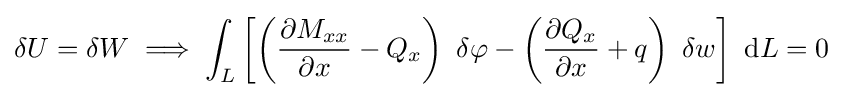
\delta U=\delta W\implies \int _{L}\left[\left({\frac {\partial M_{xx}}{\partial x}}-Q_{x}\right)~\delta \varphi -\left({\frac {\partial Q_{x}}{\partial x}}+q\right)~\delta w\right]~\mathrm {d} L=0